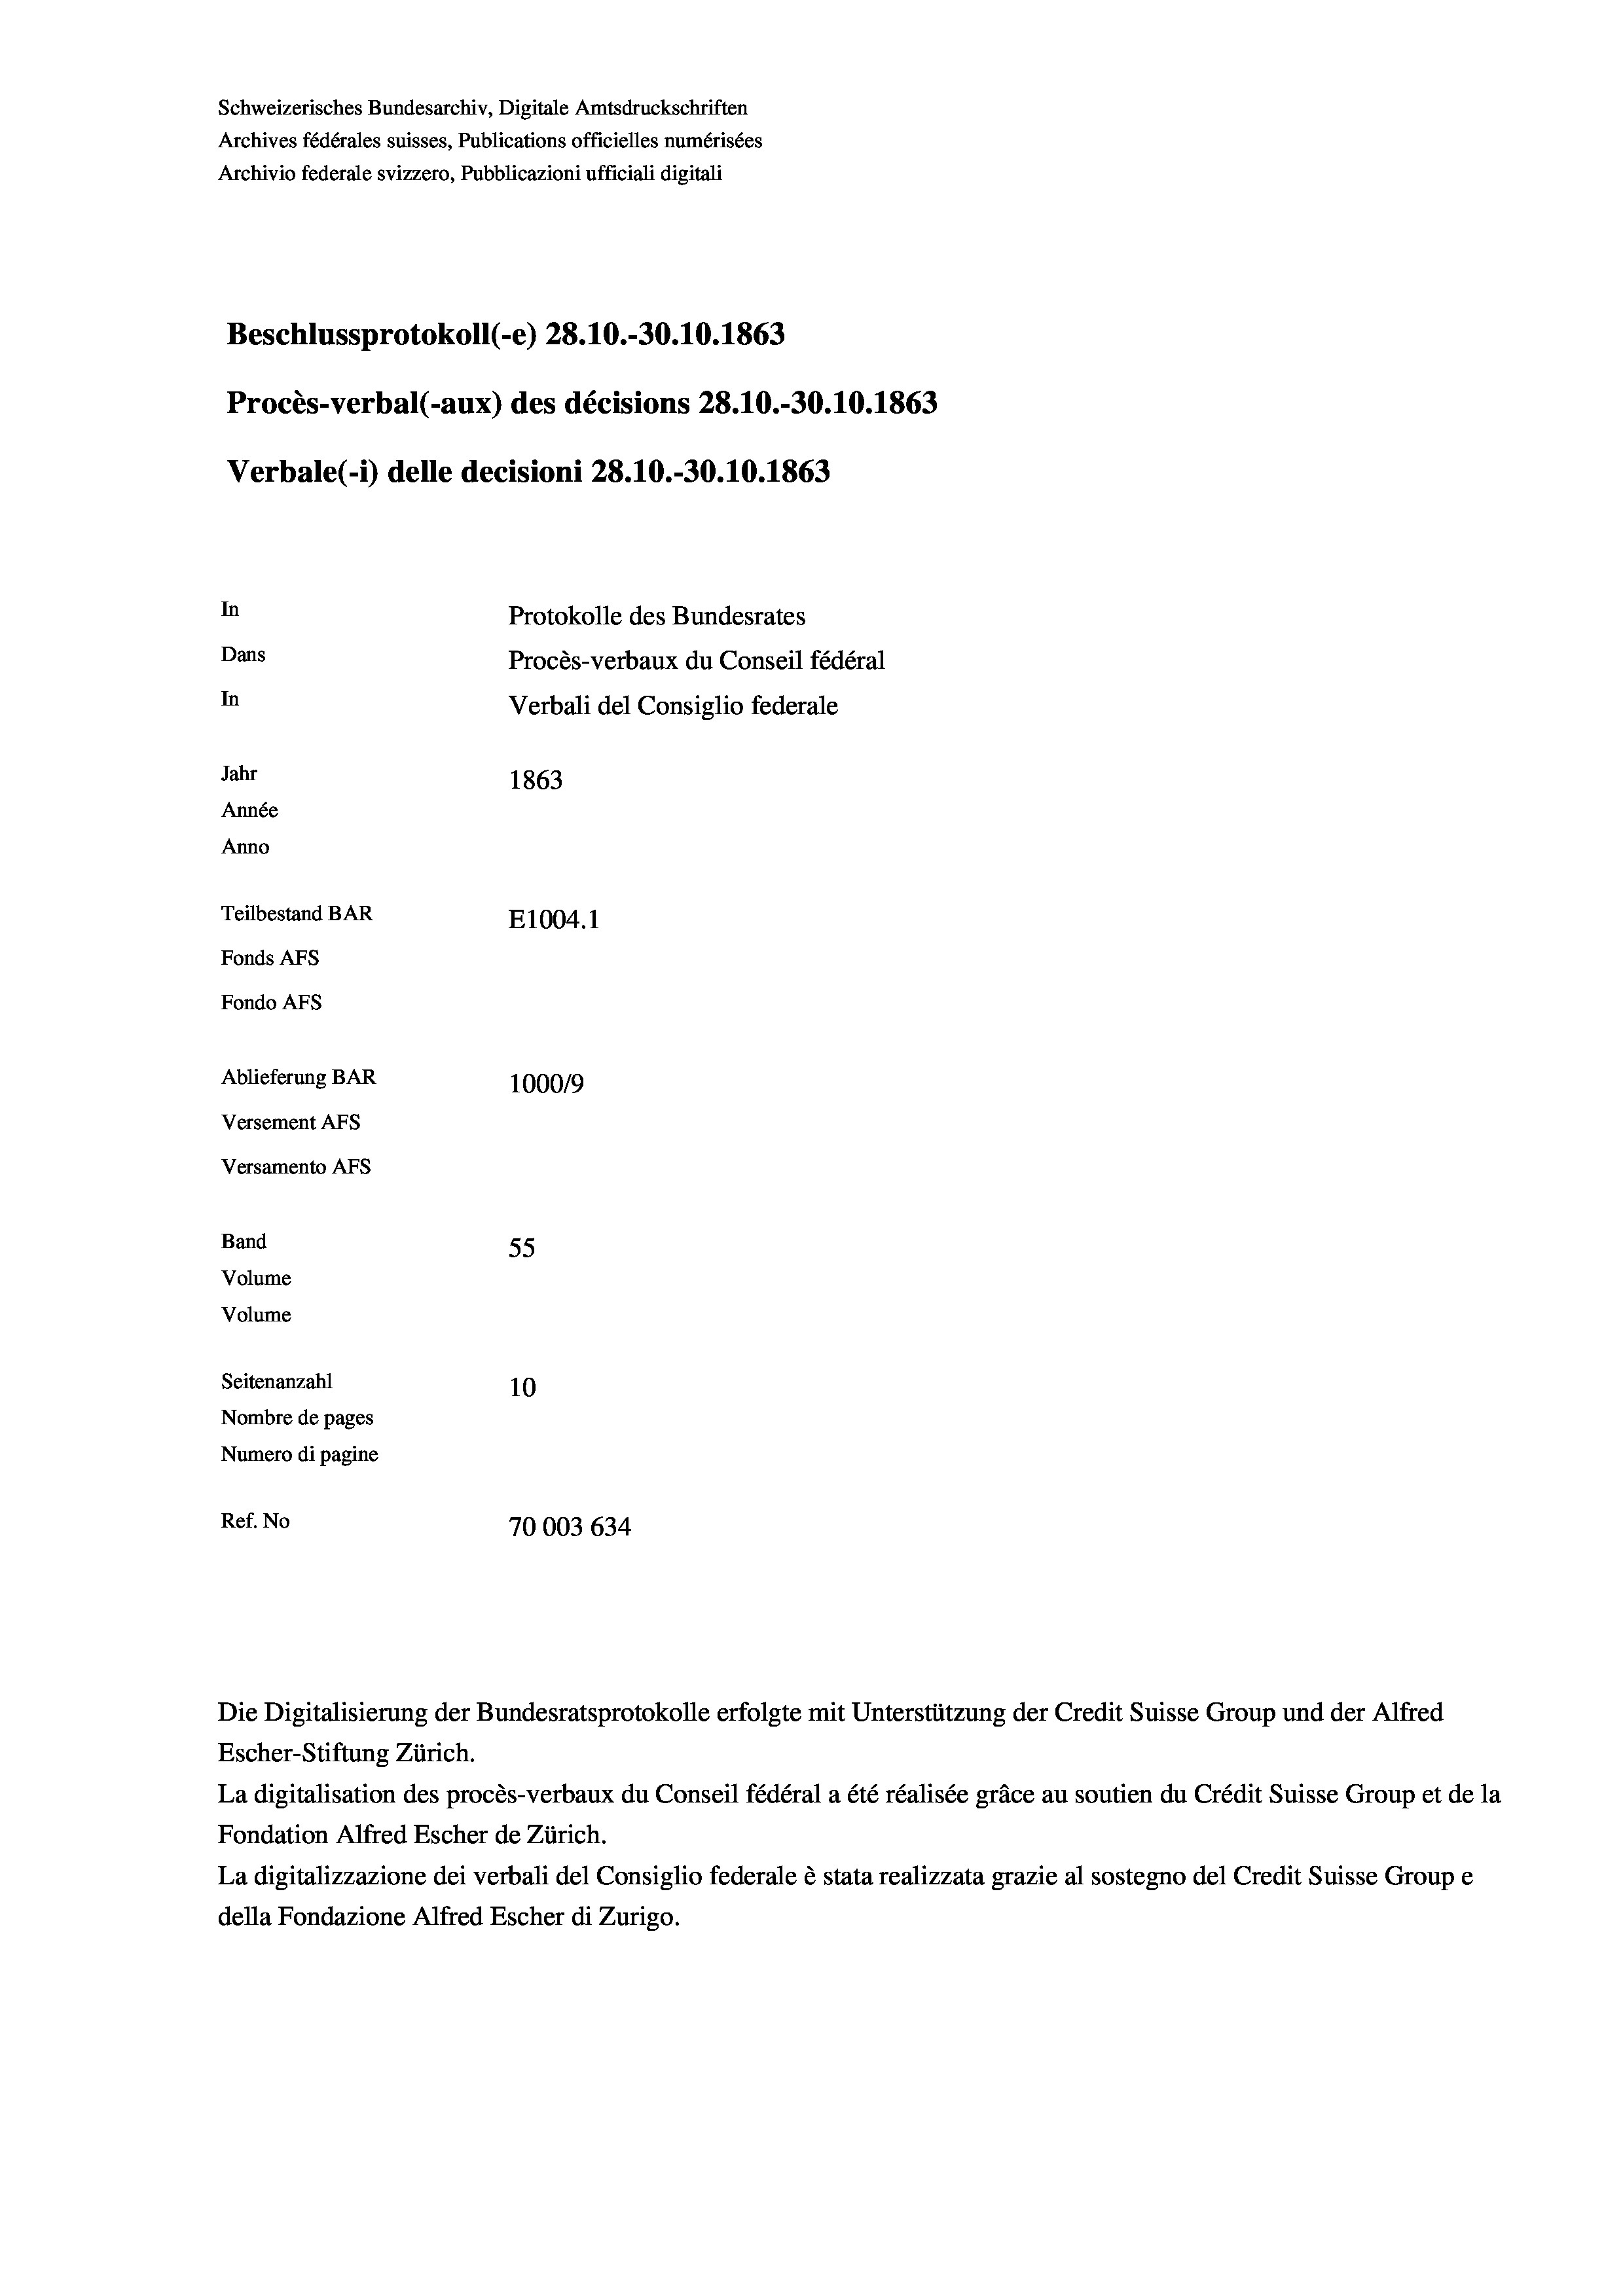
Schweizerisches Bundesarchiv, Digitale Amtsdruckschriften
Archives fédérales suisses, Publications officielles numérisées
Archivio federale svizzero, Pubblicazioni ufficiali digitali
Beschlussprotokoll (-e) 28.10.-30.10.1863
Procès-verbal (-aux) des décisions 28.10.-30.10.1863
Verbale(-*) delle decisioni 28.10.-30.10.1863
In
Protokolle des Bundesrates
Dans
Procès-verbaux du Conseil fédéral
In
Verbali del Consiglio federale
Jahr
1863
Année
Anno
Teilbestand BAR
E1004.1
Fonds AFs
Fondo AFS
Ablieferung BAR
100019
Versement AFs
Versamento AFs
Band
55
Volume
Volume
Seitenanzahl
10

Nombre de pages
Numero di pagine
Ref. No
70003 634

Escher-Stiftung Zürich.
La digitalisation des procès-verbaux du Conseil fédéral a été réalisée gräce au soutien du Crédit Suisse Group et de la
Fondation Alfred Escher de Zürich.
La digitalizzazione dei verbali del Consiglio federale è stata realizzata grazie al sostegno del Credit Suisse Groupe
della Fondazione Alfred Escher di Zurigo.

Die Digitalisierung der Bundesratsprotokolle erfolgte mit Unterstützung der Credit Suisse Group und der Alfred